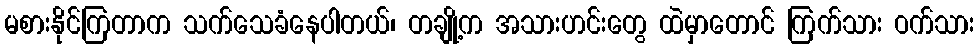
မစားနိုင်ကြတာက သက်သေခံနေပါတယ်၊ တချို့က အသားဟင်းတွေ ထဲမှာတောင် ကြက်သား ဝက်သား